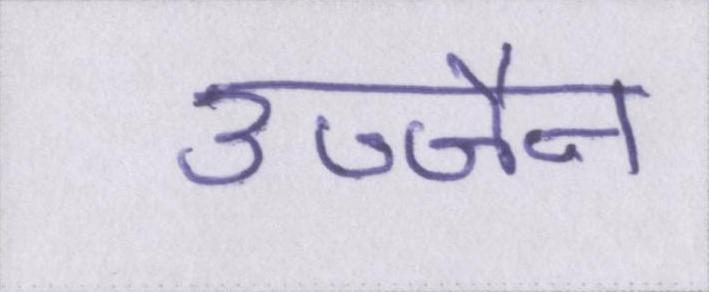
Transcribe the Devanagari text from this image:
उज्जैन